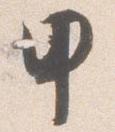
甲